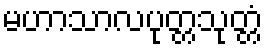
မဟာသာလပုတ္တသုတ္တံ